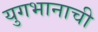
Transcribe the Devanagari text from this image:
युगभानाची